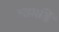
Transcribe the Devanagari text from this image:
लामडिं